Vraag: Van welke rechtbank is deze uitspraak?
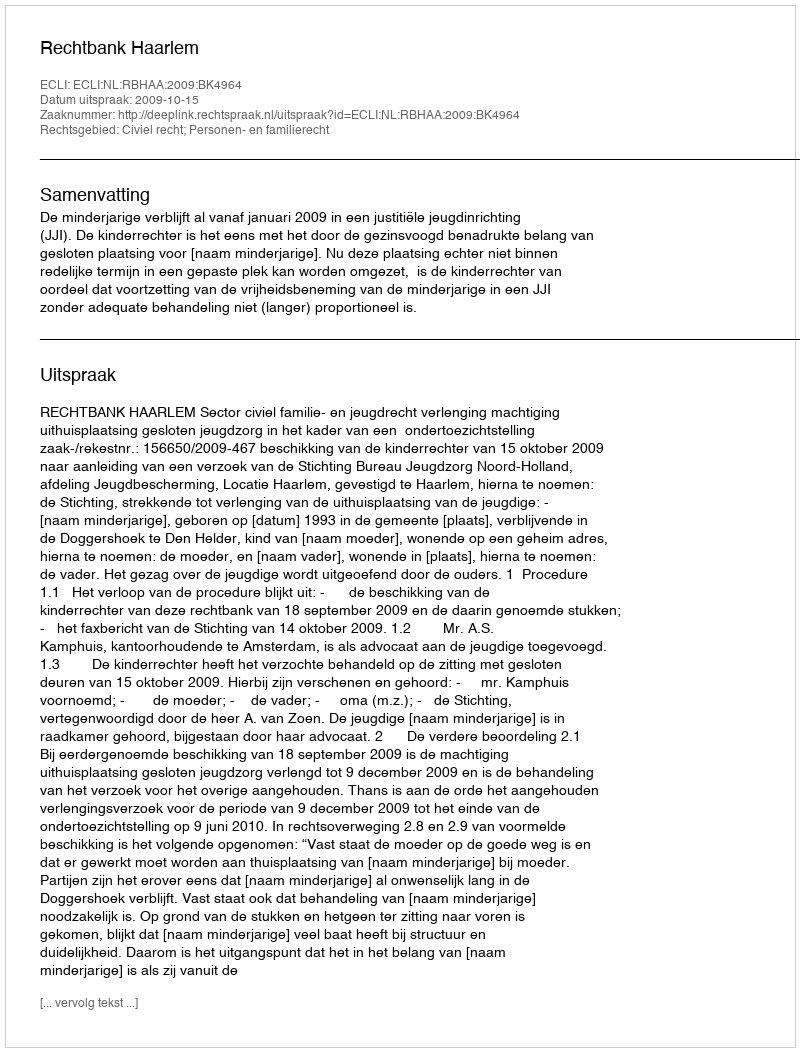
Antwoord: Rechtbank Haarlem